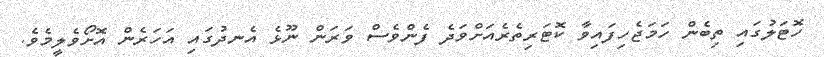
ހޮޓަލުގައި ތިބެން ހަމަޖެހިފައިވާ ކޮޓަރިތެރެއަށްވަދެ ފެންވެސް ވަރަން ނޫޅެ އެނދުގައި އަހަރެން އޮށޯވެލީމެވެ.